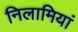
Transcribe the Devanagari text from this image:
निलामियां